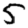
Digit: 5